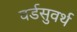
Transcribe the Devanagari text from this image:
वर्डसुवर्थ